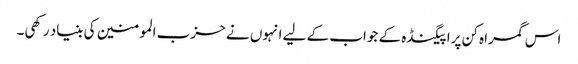
اس گمراہ کن پراپیگنڈہ کے جواب کے لیے انہوں نے حزب المومنین کی بنیاد رکھی۔